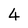
Character: 4